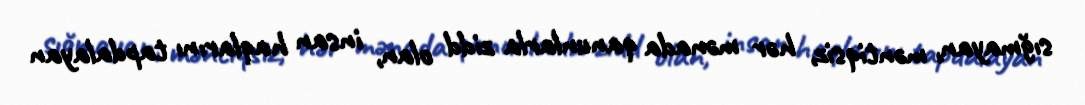
sığmayan, məntiqsiz, hər mənada qanunlarla zidd olan, insan haqlarını tapdalayan